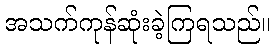
အသက်ကုန်ဆုံးခဲ့ကြရသည်။